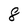
Character: 8